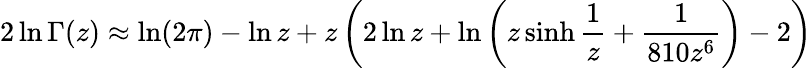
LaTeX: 2\ln\Gamma(z)\approx\ln(2\pi)-\ln z+z\left(2\ln z+\ln\left(z\sinh{\frac{1}{z}}+{\frac{1}{810z^{6}}}\right)-2\right)